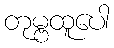
တုမ္ဗထူပေါ